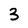
Character: 3